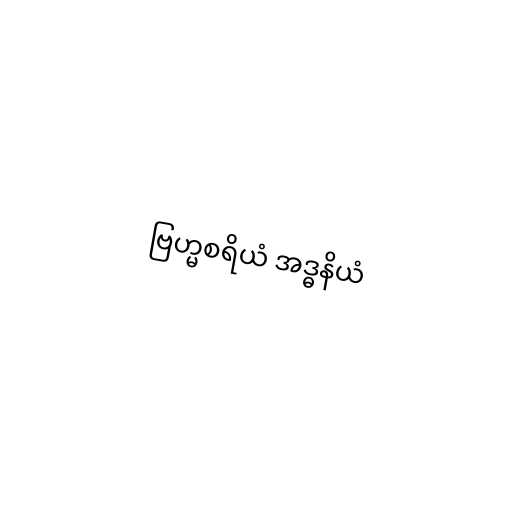
ဗြဟ္မစရိယံ အဒ္ဓနိယံ